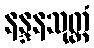
နန္ဒနသုတ္တံ